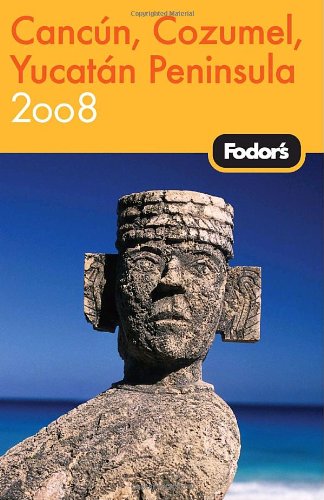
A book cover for Fodor's Cancun, Cozumel & the Yucatan Peninsula 2008 (Fodor's Gold Guides); Fodor's; Travel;